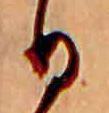
日